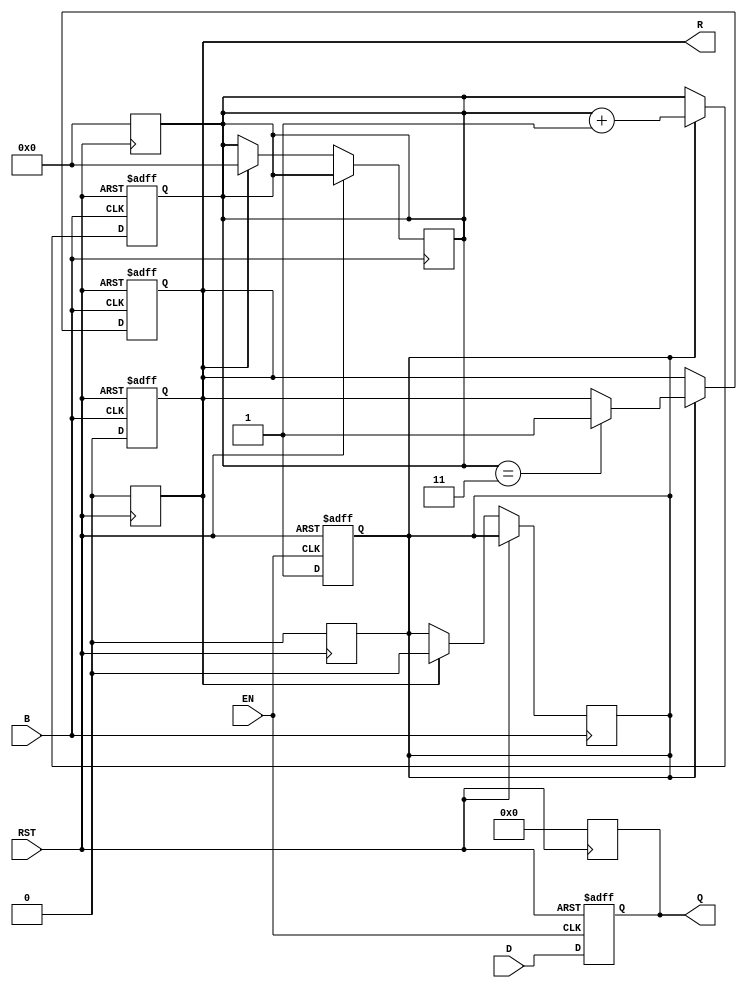
module BarrierRegister #(
    parameter DATA_WIDTH = 8, // Width of the data inputs/outputs
    parameter NUM_PROCESSES = 4 // Number of processes to synchronize
)(
    input wire [DATA_WIDTH-1:0] D, // Data inputs
    input wire EN,                  // Enable signal
    input wire B,                   // Barrier signal
    input wire RST,                 // Asynchronous reset
    output reg [DATA_WIDTH-1:0] Q,  // Data outputs
    output reg R                    // Ready signal
);

    reg [NUM_PROCESSES-1:0] ready_count; // Counter for processes reaching the barrier
    reg data_latched;                    // Flag to indicate if data is latched

    // Asynchronous reset
    always @(posedge RST) begin
        Q <= 0;                          // Clear outputs
        R <= 0;                          // Clear ready signal
        ready_count <= 0;                // Reset ready count
        data_latched <= 0;               // Clear data latched flag
    end

    // Main logic
    always @(posedge EN or posedge RST) begin
        if (RST) begin
            Q <= 0;                      // Clear outputs on reset
            data_latched <= 0;           // Clear data latched flag
        end else begin
            Q <= D;                      // Latch data when enabled
            data_latched <= 1;           // Set data latched flag
        end
    end

    // Barrier logic
    always @(posedge B or posedge RST) begin
        if (RST) begin
            ready_count <= 0;            // Reset ready count
            R <= 0;                      // Clear ready signal
        end else if (data_latched) begin
            ready_count <= ready_count + 1; // Increment count when data is latched
            if (ready_count == NUM_PROCESSES - 1) begin
                R <= 1;                  // Set ready signal when all processes are ready
            end
        end
    end

    // Reset ready signal when data is released
    always @(posedge RST or posedge B) begin
        if (RST) begin
            R <= 0;                      // Clear ready signal
        end else if (R) begin
            R <= 0;                      // Reset ready signal after releasing data
            data_latched <= 0;           // Clear data latched flag
            ready_count <= 0;            // Reset ready count
        end
    end

endmodule